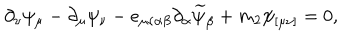
\partial _ { \nu } \psi _ { \mu } - \partial _ { \mu } \psi _ { \nu } - e _ { \mu \nu \alpha \beta } \partial _ { \alpha } \widetilde { \psi } _ { \beta } + m _ { 2 } \psi _ { [ \mu \nu ] } = 0 ,